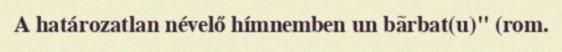
A határozatlan névelő hímnemben un bãrbat(u)" (rom.